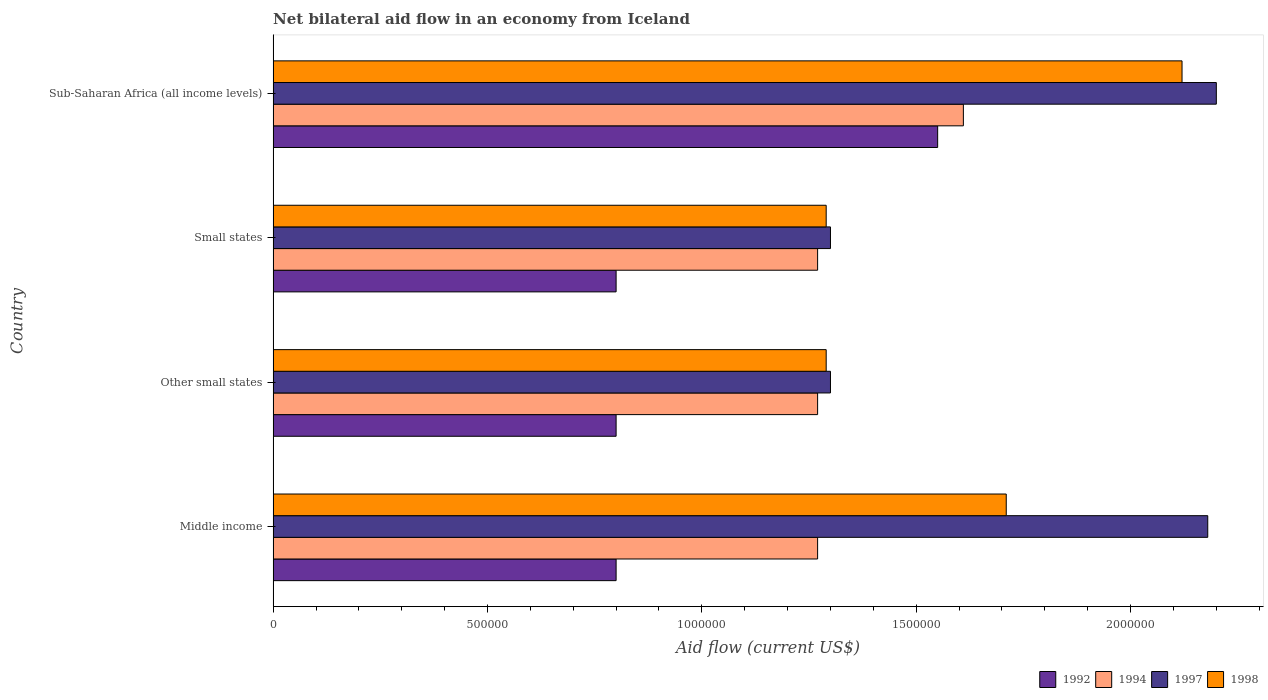
| Country | 1992 | 1994 | 1997 | 1998 |
 | --- | --- | --- | --- | --- |
 | Middle income | 8e+05 | 1.27e+06 | 2.18e+06 | 1.71e+06 |
 | Other small states | 8e+05 | 1.27e+06 | 1.3e+06 | 1.29e+06 |
 | Small states | 8e+05 | 1.27e+06 | 1.3e+06 | 1.29e+06 |
 | Sub-Saharan Africa (all income levels) | 1.55e+06 | 1.61e+06 | 2.2e+06 | 2.12e+06 |